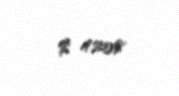
$ 4208